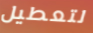
لتعطيل